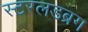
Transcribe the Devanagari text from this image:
स्टरलडब्रग